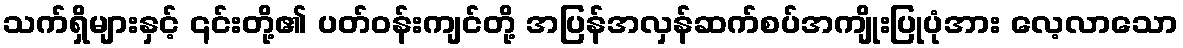
သက်ရှိများနှင့် ၎င်းတို့၏ ပတ်ဝန်းကျင်တို့ အပြန်အလှန်ဆက်စပ်အကျိုးပြုပုံအား လေ့လာသော